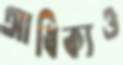
আধিক্যও